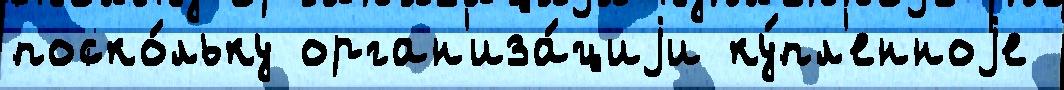
поско́льку орган'иза́циjи ку́пл'енноjе